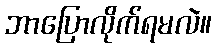
ဘာပြောလိုက်ရမလဲ။